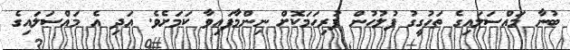
ބުނާ މައްސަލައިގެ ތަހުގީގު ފުލުހުން ފުރިހަމަކޮށް ނިންމާފައިވާ ކަމަށެވެ. އަދި އެ މައްސަލައިގެ